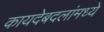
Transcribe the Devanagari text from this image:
कायदेबदलांमध्ये